system: You are a helpful assistant.
user:
Analyze the provided spectrum to determine if it is a **"Cataclysmic Variables (CV)"**.

- **Key Indicators for CV (Check for either state):**
    - **State 1: Quiescent / Low-State (Emission-Dominated)**
        - **(Primary):** Strong and *very broad* Hydrogen Balmer emission lines (e.g., $H\alpha$ at 6563 Å, $H\beta$ at 4861 Å). The 'broadness' (high velocity dispersion, often FWHM > 1000 km/s) is the key diagnostic, indicating a high-velocity accretion disk.
        - **(Secondary):** Broad neutral Helium (He I) emission lines (e.g., 5876 Å, 6678 Å).
        - **(Key Confirmation):** Presence of high-excitation *ionized* Helium (He II) emission at 4686 Å. This is a strong indicator of accretion onto a white dwarf.
        - **(Line Profile):** Emission lines may exhibit a 'double-peaked' profile, which is a classic signature of a rotating accretion disk viewed at high inclination.

    - **State 2: Outburst / High-State (Absorption-Dominated)**
        - **(Primary):** Spectrum is dominated by a bright, blue continuum (looks like a hot star).
        - **(Secondary):** The emission lines from State 1 are weak, absent, or 'filled in', and are replaced by broad, shallow *absorption* lines (primarily Balmer and He I).
        - **(Morphology):** The overall spectrum mimics a hot B/A-type star. The crucial difference is that the absorption lines are significantly broader, shallower, and more 'washed-out' (or 'smeared') than the sharp lines of a normal stellar photosphere, due to high rotational speeds and pressure broadening in the disk.

Think first, call **spectral_visualization_tool** if needed to examine features in detail, then provide your final answer. Your response must adhere to the following strict rules:
1.  **Overall Structure:** Your response must follow the format `<think>...</think> <tool_call>...</tool_call> (if a tool is used) <answer>...</answer>`.
2.  **Tool Usage Constraint:** You may only make **one** tool call per turn.
3.  **Final Answer Format:** In the `<answer>` tag, your conclusion must be inside a `\boxed{}` command (e.g., `\boxed{YES}`), followed by your justification.

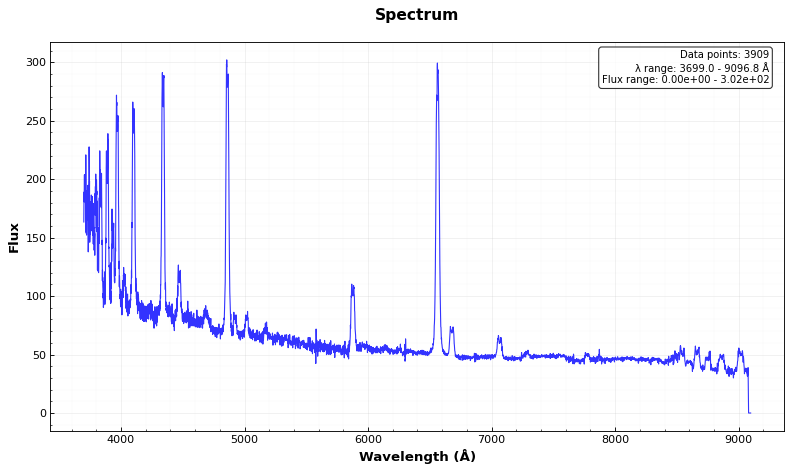
Answer: YES